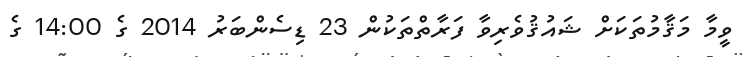
ވީމާ މަޤާމުތަކަށް ޝައުޤުވެރިވާ ފަރާތްތަކުން 23 ޑިސެންބަރު 2014 ގެ 14:00 ގެ